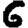
Digit: 6